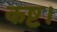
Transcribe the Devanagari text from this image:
कष्ट।